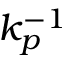
k _ { p } ^ { - 1 }